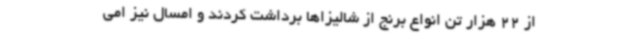
از 22 هزار تن انواع برنج از شالیزاها برداشت کردند و امسال نیز امی